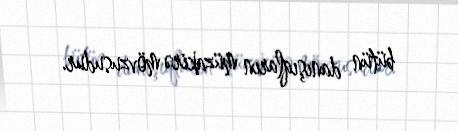
bütün danışıqların müzakirə mövzusudur.